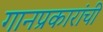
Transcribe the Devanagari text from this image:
गानप्रकारांची